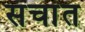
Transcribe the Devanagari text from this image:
संचांत